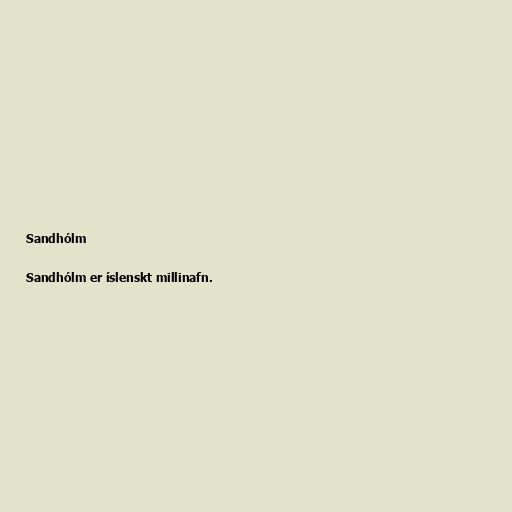
Sandhólm

Sandhólm er íslenskt millinafn.